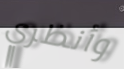
وأنظري